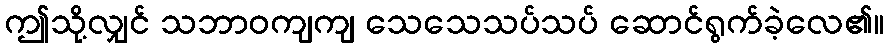
ဤသို့လျှင် သဘာဝကျကျ သေသေသပ်သပ် ဆောင်ရွက်ခဲ့လေ၏။